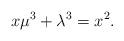
LaTeX: \begin{align*} & x \mu^3 + \lambda^3 = x^2. \end{align*}